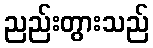
ညည်းတွားသည်